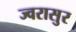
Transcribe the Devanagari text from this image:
ज्वरासुर